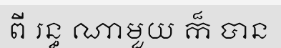
ពី រន្ធ ណាមួយ ក៏ បាន